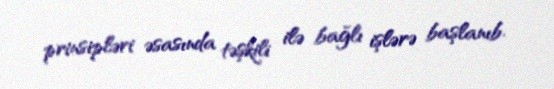
prinsipləri əsasında təşkili ilə bağlı işlərə başlanıb.